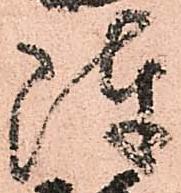
陣